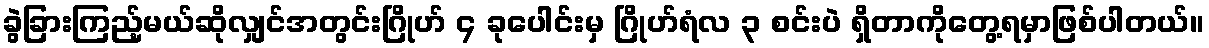
ခွဲခြားကြည့်မယ်ဆိုလျှင်အတွင်းဂြိုဟ် ၄ ခုပေါင်းမှ ဂြိုဟ်ရံလ ၃ စင်းပဲ ရှိတာကိုတွေ့ရမှာဖြစ်ပါတယ်။